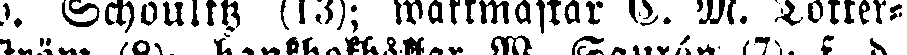
v. Schoultz (13); waktmästar N. M. Tötter-